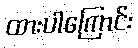
ထားပါကြောင်း